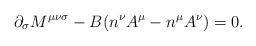
LaTeX: \begin{align*}{\partial}_{\sigma}M^{{\mu}{\nu}{\sigma}}-B(n^{\nu}A^{\mu}-n^{\mu}A^{\nu})=0.\end{align*}